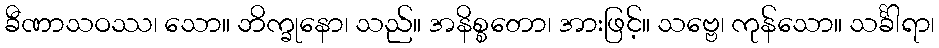
ခီဏာသဝဿ၊ သော။ ဘိက္ခုနော၊ သည်။ အနိစ္စတော၊ အားဖြင့်။ သဗ္ဗေ၊ ကုန်သော။ သင်္ခါရာ၊